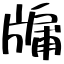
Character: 牖